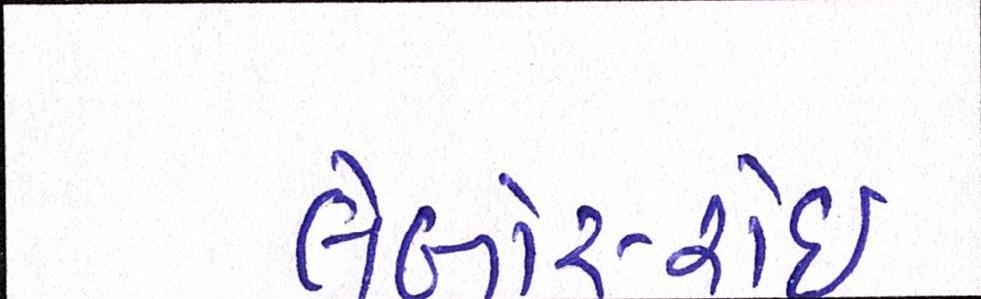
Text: લેબોર-રોઈ